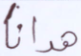
هدانا